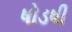
ષોડષી